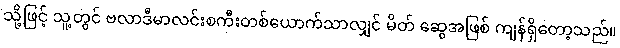
သို့ဖြင့် သူ့တွင် ဗလာဒီမာလင်းစကီးတစ်ယောက်သာလျှင် မိတ် ဆွေအဖြစ် ကျန်ရှိတော့သည်။